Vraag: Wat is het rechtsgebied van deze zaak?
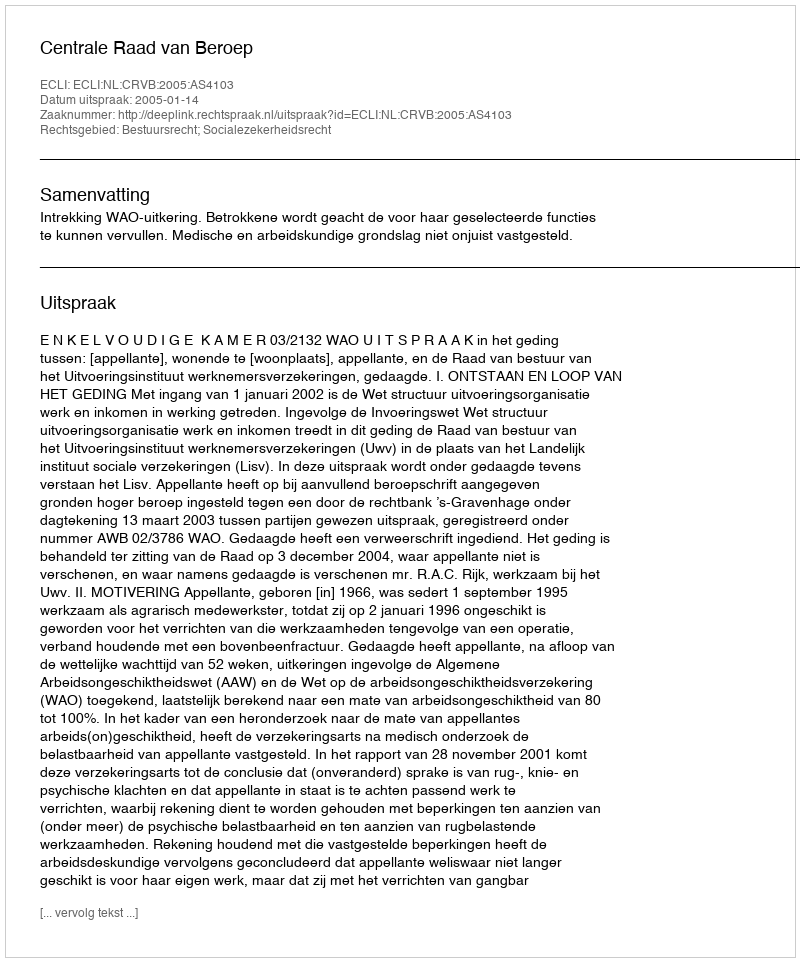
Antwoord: Bestuursrecht; Socialezekerheidsrecht